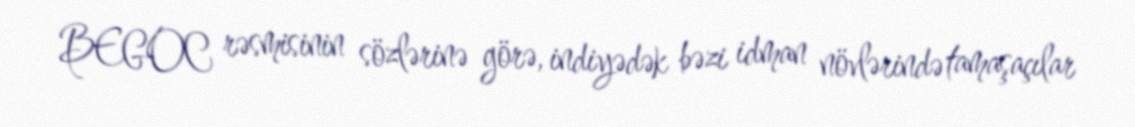
BEGOC rəsmisinin sözlərinə görə, indiyədək bəzi idman növlərində tamaşaçılar